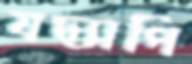
যদ্যাপি